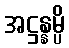
အဋ္ဌန္နမ္ပိ